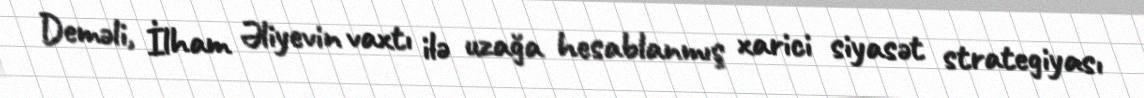
Deməli, İlham Əliyevin vaxtı ilə uzağa hesablanmış xarici siyasət strategiyası